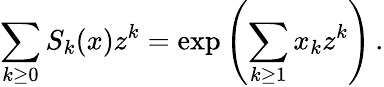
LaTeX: \sum_{k\geq 0}S_{k}(x)z^{k}=\exp\left(\sum_{k\geq 1}x_{k}z^{k}\right)\, .